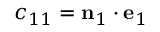
c _ { 1 1 } = \mathbf { n } _ { 1 } \cdot \mathbf { e } _ { 1 }